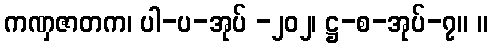
ကဏှဇာတက၊ ပါ-ပ-အုပ် -၂၀၂၊ ဋ္ဌ-စ-အုပ်-၇။ ။